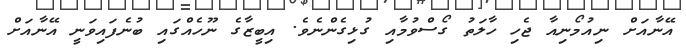
އޭނާއަށް ނިއުމޯނިއާ ޖެހި ހާލަތު ގޯސްވުމާއި ގުޅިގެންނެވެ. އިބީޒާގެ ނޫހެއްގައި ބުނެެފައިވަނީ އޭނާއަށް